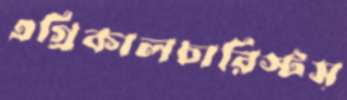
এগ্রিকালচারিস্টস্